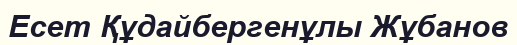
Есет Құдайбергенұлы Жұбанов